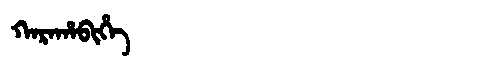
Manchu: ᡴᠠᡵᠠᡥᠠᠪᡳᡥᡝ
Romanization: KARAHABIHE